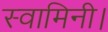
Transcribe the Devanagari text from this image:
स्वामिनी।